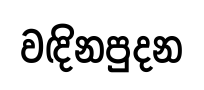
වඳිනපුදන